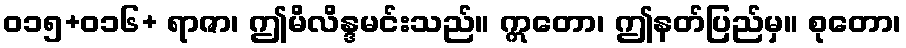
ဝ၁၅+ဝ၁၆+ ရာဇာ၊ ဤမိလိန္ဒမင်းသည်။ ဣတော၊ ဤနတ်ပြည်မှ။ စုတော၊